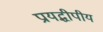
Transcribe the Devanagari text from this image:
प्रायद्धीपीय